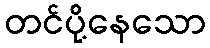
တင်ပို့နေသော